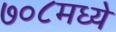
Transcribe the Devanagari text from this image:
७०८मध्ये